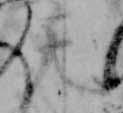
天